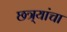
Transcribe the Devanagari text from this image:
छत्र्यांचा